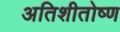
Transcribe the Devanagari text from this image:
अतिशीतोष्ण